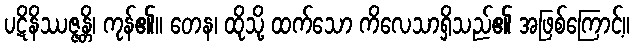
ပဋိနိဿဇ္ဇန္တိ၊ ကုန်၏။ တေန၊ ထိုသို့ ထက်သော ကိလေသာရှိသည်၏ အဖြစ်ကြောင့်။